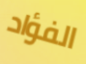
الفؤاد